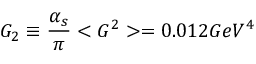
G _ { 2 } \equiv \frac { \alpha _ { s } } { \pi } < G ^ { 2 } > = 0 . 0 1 2 G e V ^ { 4 }